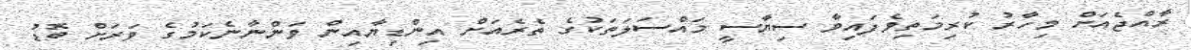
ރާއްޖެއަށް މިހާރު ކުރިމަތިވެފައިވާ ސިޔާސީ މައްސަލަތަކުގެ ތެރެއަށް އިންޑިޔާއިން ވަންނާނެކަމުގެ ވަރަށް ބޮޑު